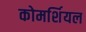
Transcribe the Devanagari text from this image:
कोमर्शियल